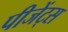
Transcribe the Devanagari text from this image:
पीजेंट्स